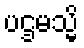
ပဌမသ္မိ